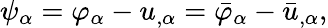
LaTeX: \psi_{\alpha}=\varphi_{\alpha}-u_{,\alpha}=\bar{\varphi}_{\alpha}-\bar{u}_{,\alpha},